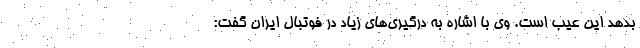
بدهد این عیب است. وی با اشاره به درگیری‌های زیاد در فوتبال ایران گفت: